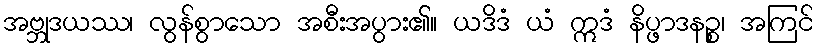
အဗ္ဘုဒယဿ၊ လွန်စွာသော အစီးအပွား၏။ ယဒိဒံ ယံ ဣဒံ နိပ္ဖာဒနဉ္စ၊ အကြင်